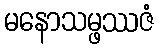
မနောသမ္ဖဿဇံ